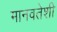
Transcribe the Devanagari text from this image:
मानवतेशी